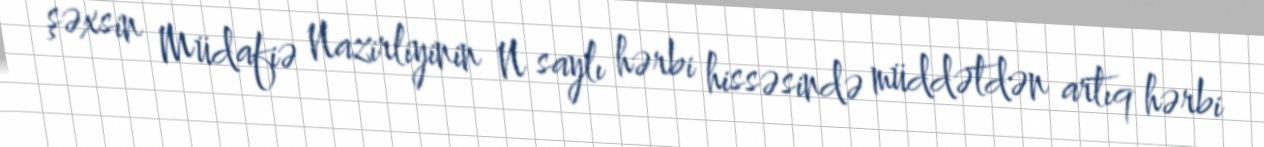
şəxsin Müdafiə Nazirliyinin N saylı hərbi hissəsində müddətdən artıq hərbi